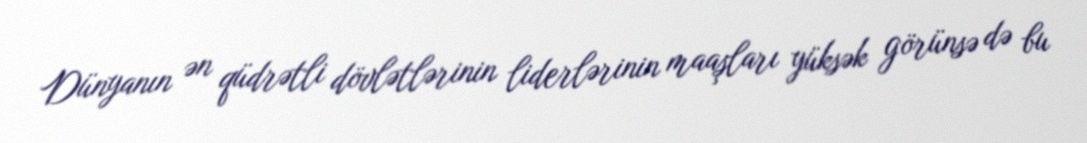
Dünyanın ən qüdrətli dövlətlərinin liderlərinin maaşları yüksək görünsə də bu